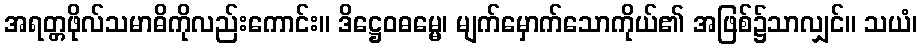
အရတ္တဖိုလ်သမာဓိကိုလည်းကောင်း။ ဒိဋ္ဌေဝဓမ္မေ၊ မျက်မှောက်သောကိုယ်၏ အဖြစ်၌သာလျှင်။ သယံ၊